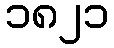
၁၈၂၁